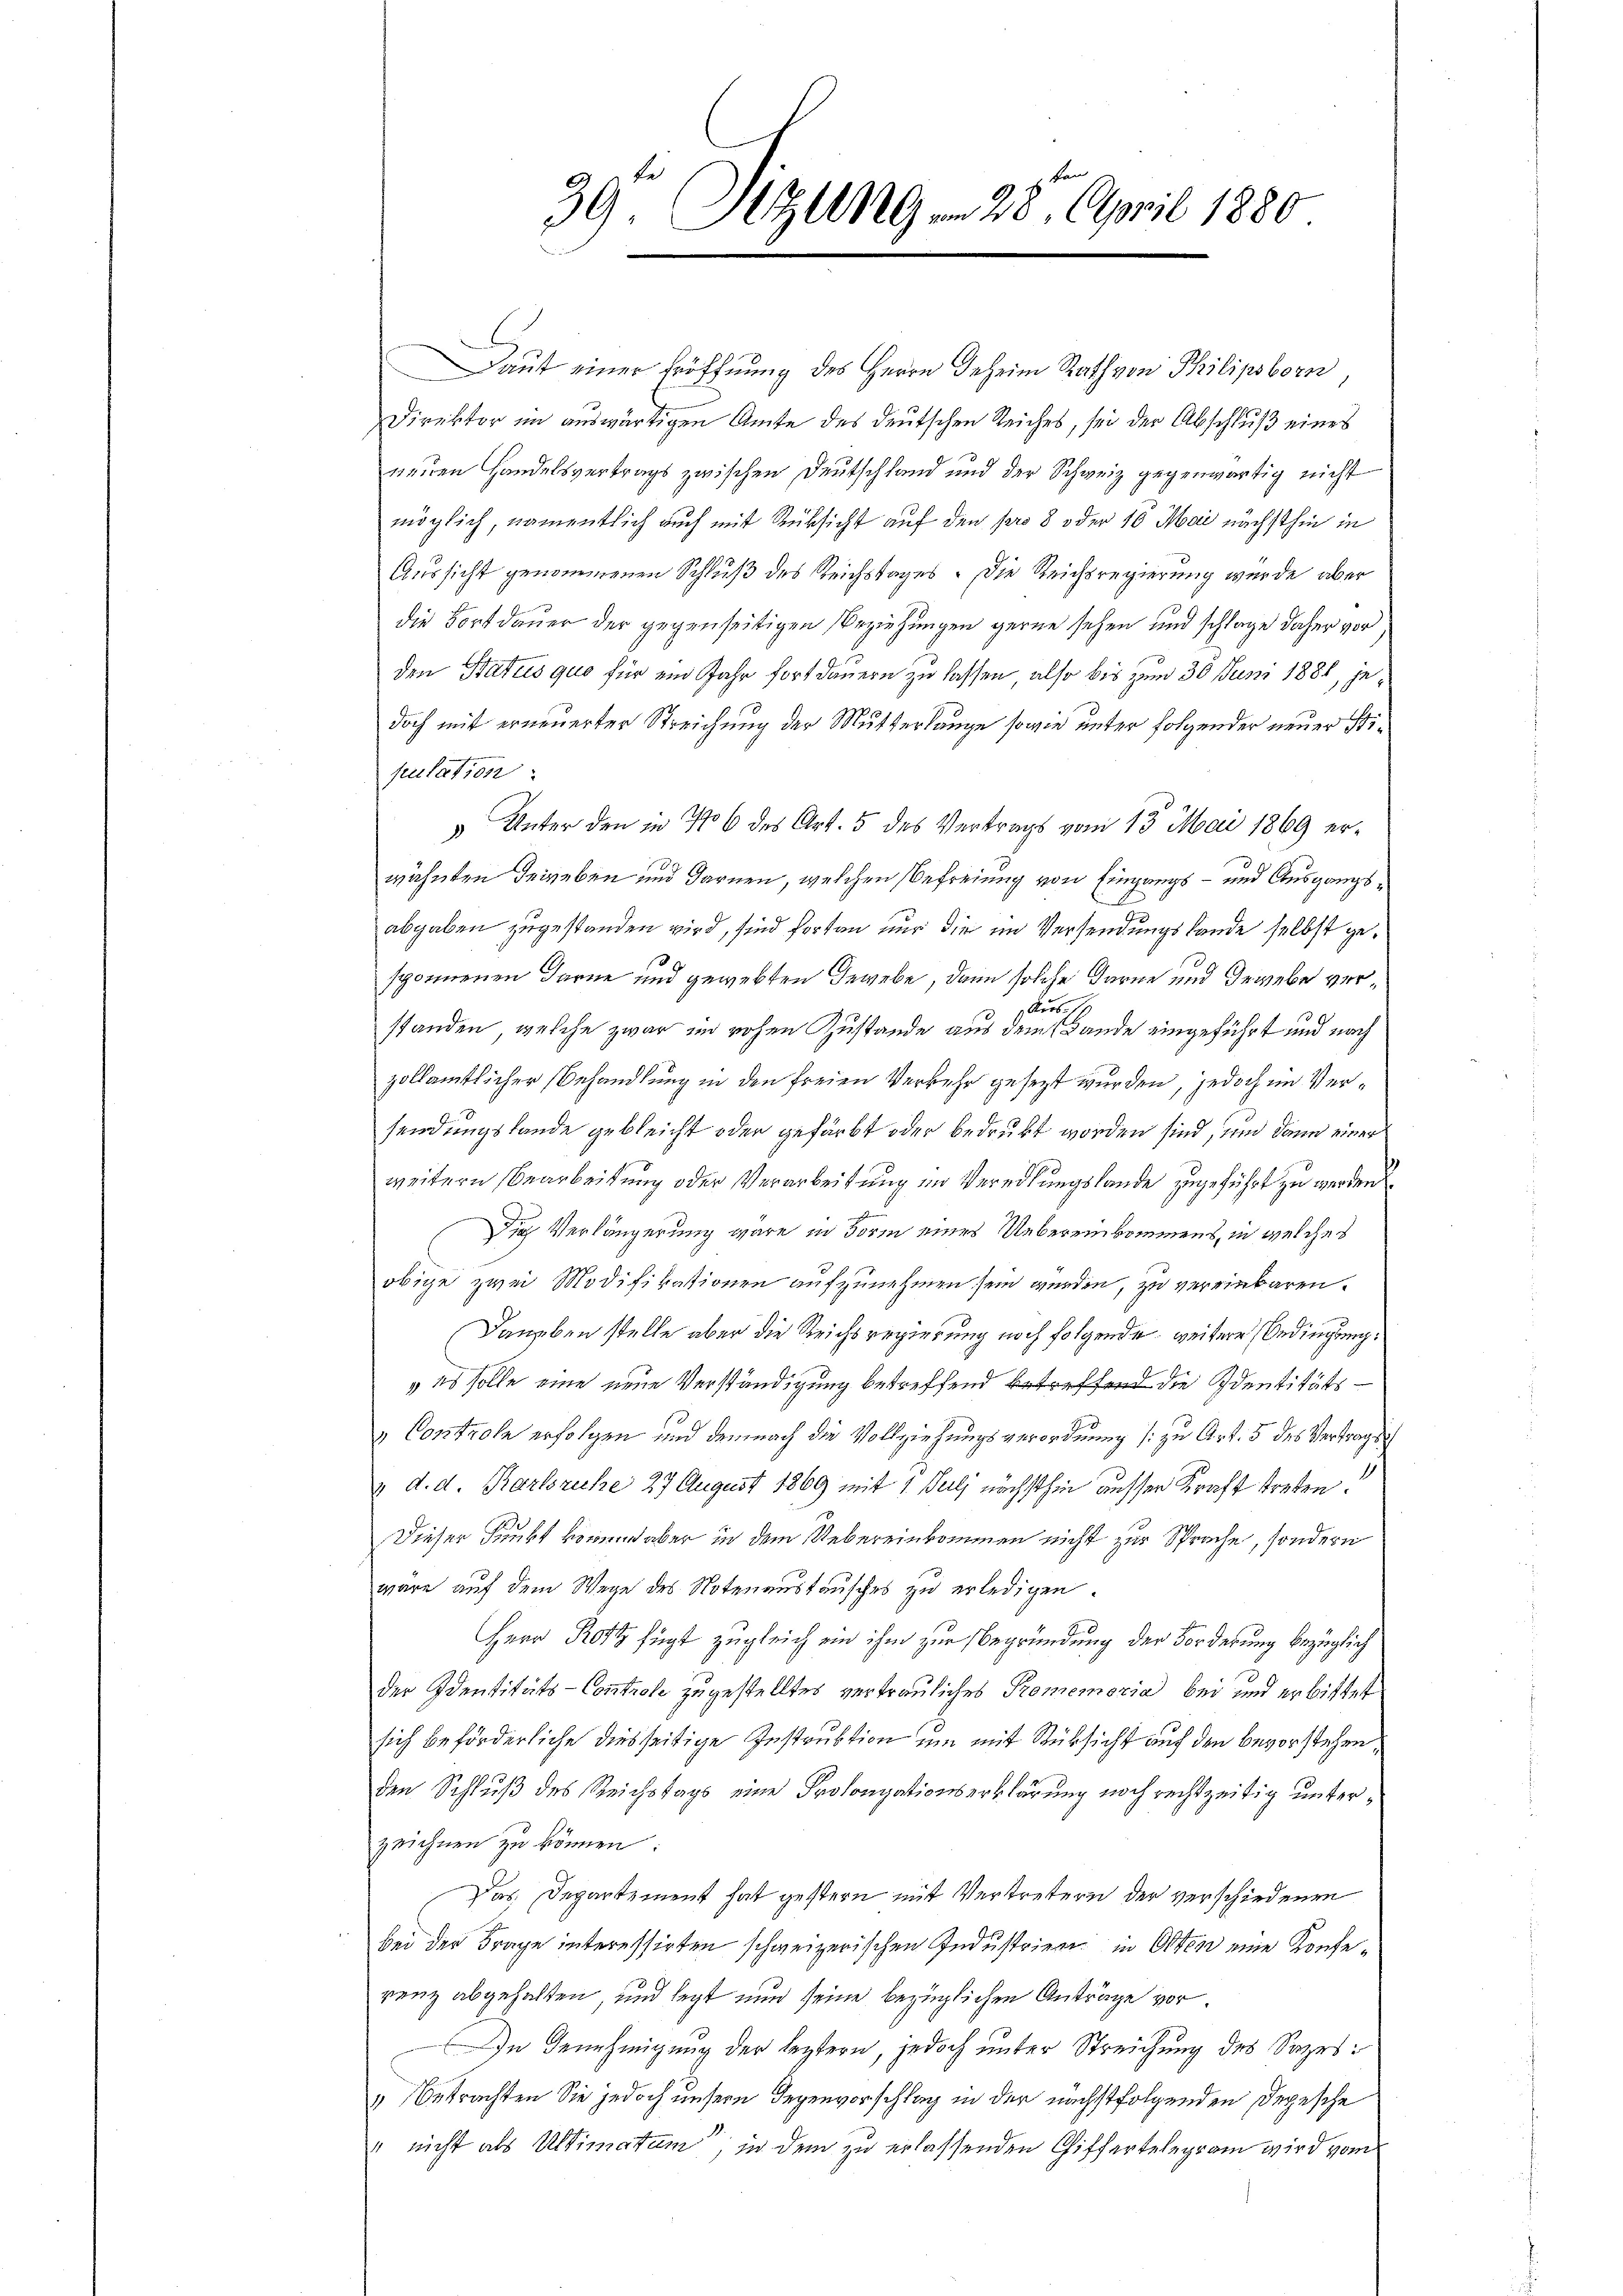
39. Sitzung 28. April 1880

Daut einer Eröffnung des Herrn deheim Rath von Philipsborn,
Direktor im auswärtigen Amte des deutschen Reiches, sei der Abschluß eines
neuen Handelsvertrags zwischen Deutschland und der Schweiz gegenwärtig nicht
möglich, namentlich auch mit Rücksicht auf den Pero 8 oder 16 Mai nächsthin in
Aussicht genommenen Schluß des Reichstages. Die Reichsregierung wurde aber
die Fortdauer der gegenseitigen Beziehungen gerne sehen und schlage daher vor
den Status quo für ein Jahr fortdauern zu lassen, also bis zum 30 Juni 1881, jedoch mit erneuerter Streichung der Mutterlange sowie unter folgender neuer Stipulation:
5 Unter den in Nr 6 des Art. 5 des Vertrags vom 13. Mai 1869 erwähnten dergeben und Farnen, welchen Befreiung von Eingangs- und Ausgangs¬
B.
abgaben zugestanden wird, sind fortan nur die im Versendungskande selbst gesponnenen Darne und gewebten Gegebe, dann solche Garne und Gewebe ver¬
Aurs. 1.
standen, welche zwar in rohen Zustande aus dem Lande eingeführt und nach
zollamtlicher Behandlung in den freien Verkehr gesezt wurden, jedoch im Versendungstande gebleicht oder gefärbt oder bedrukt worden sind, und dann einer
weitern Bearbeitung oder Verarbeitung im Veredlungslande zugeführt zu werden
Die Verlängerung wäre in Form eines Uebereinkommens, in welches
obige zwei Modifikationen aufzunehmen sein werden, zu vereinbaren.
Daneben stelle aber die Reichsregierung noch folgende, weiter Bedingung:
„es solle eine neue Verständigung betreffend betreffend die Identitäts¬
" Controle erfolgen und demnach die Vollziehungsverordnung zu Art. 5 des Vertrags
2 d. d. Karlsreche 27 August 1869 mit 1 Juli nächsthin ausser Kraft treten.
Dieser Funkt worund aber in dem Uebereinkommen nicht zur Sprache, sondern
wäre auf dem Wege des Notenaustausches zu erledigen.
Herr Rotz fügt zugleich ein ihm zur Begründung der Forderung bezüglich
der Identitäts-Controle zugestelltes vertrauliches Promemoria bei und erbittet
sich beförderliche diesseitige Instruktion um mit Rüksicht auf den bevorstehenden Schluß des Reichstags eine Prolongationserklärung noch rechtzeitig unterzeichnen zu können:
Das Departement hat gestern mit Vertretern der verschiedenen
bei der Frage interessirten schweizerischen Industrien in Otten eine Konferenz abgehalten, und legt nun seine bezüglichen Anträge vor
In Benehmigung der leztern, jedoch unter Streichung des Satzes:
“ Betrachten Sie jedoch unsere Gegenvorschlag in der nächstfolgenden Depesche
" nicht als Ultimatum, in dem zu erlassenden Giffertelegram wird vom